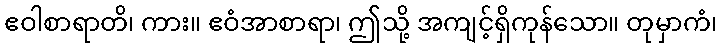
ဧဝါစာရာတိ၊ ကား။ ဧဝံအာစာရာ၊ ဤသို့ အကျင့်ရှိကုန်သော။ တုမှာကံ၊